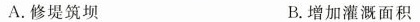
A.修堤筑坝 B.增加灌溉面积